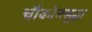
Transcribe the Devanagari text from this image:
चौकोनसुद्धा